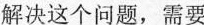
解决这个问题，需要